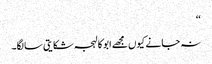
‘‘
نہ جانے کیوں مجھے ابو کا لہجہ شکایتی سا لگا۔